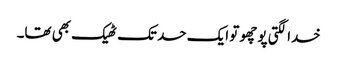
خدا لگتی پوچھو تو ایک حد تک ٹھیک بھی تھا۔